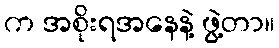
က အစိုးရအနေနဲ့ ဖွဲ့တာ။